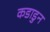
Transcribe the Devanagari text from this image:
कडाडुन